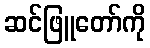
ဆင်ဖြူတော်ကို